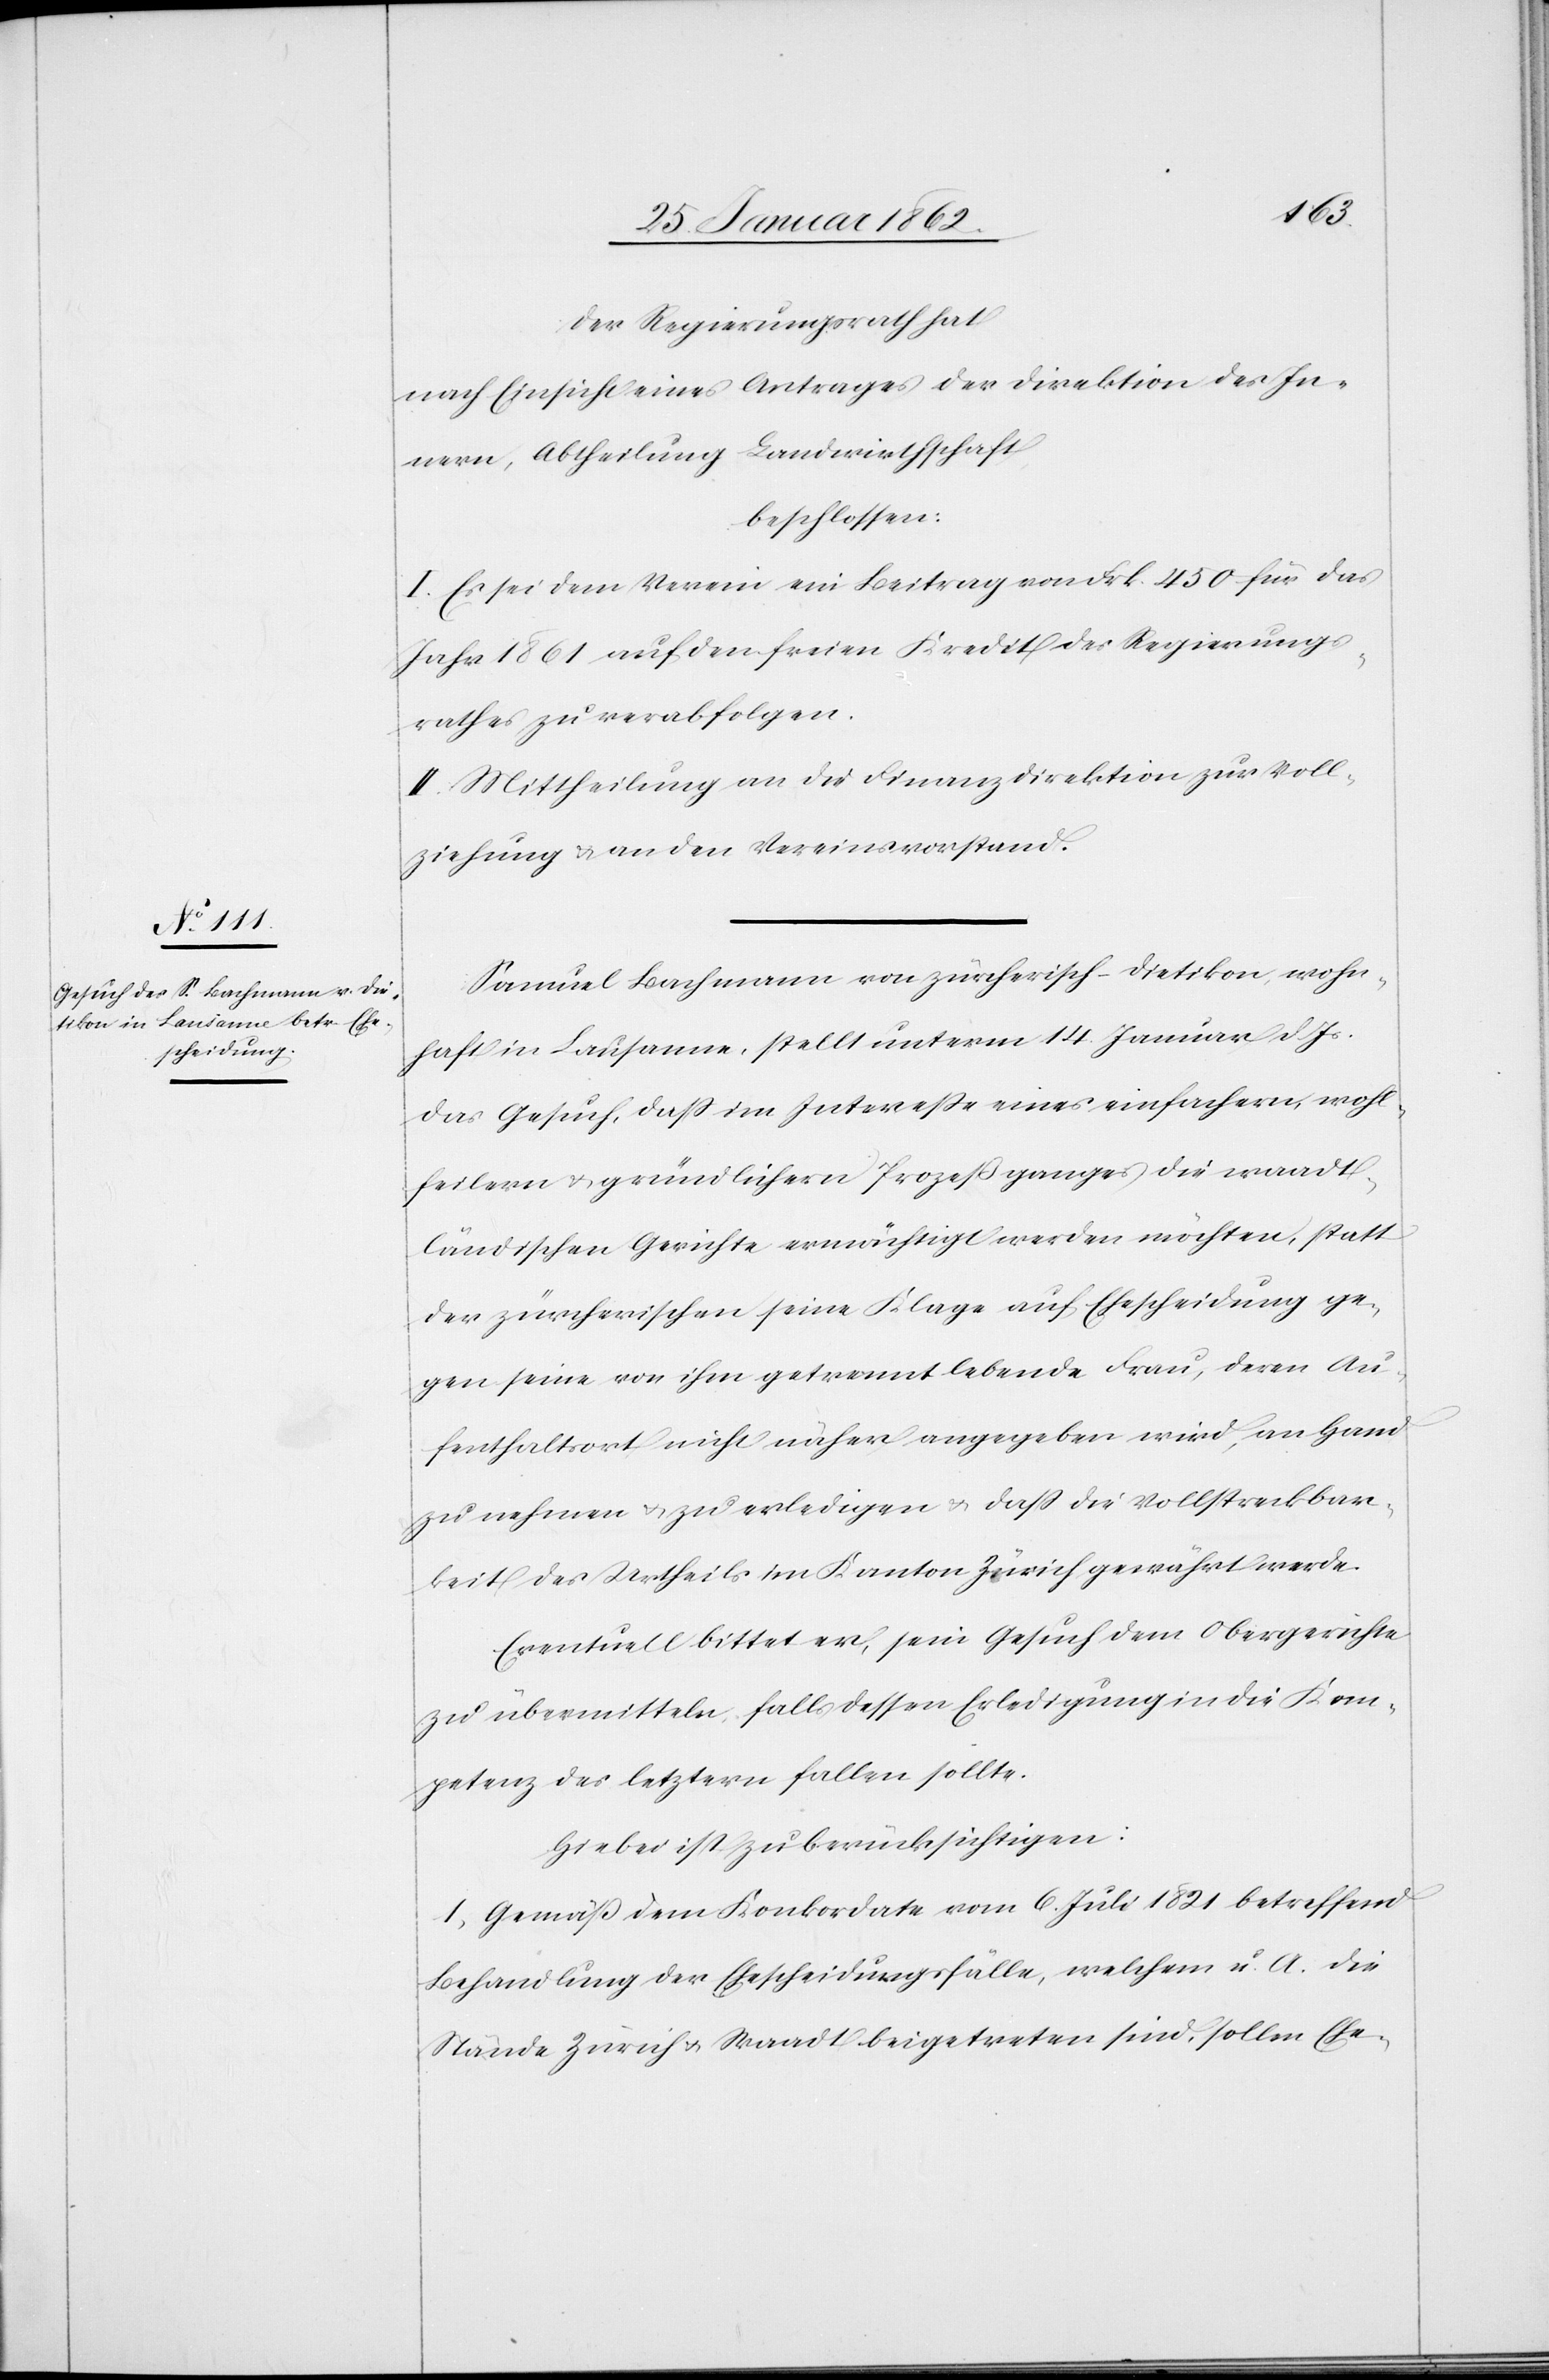
Der Regierungsrath hat
nach Einsicht eines Antrages der Direktion des In¬
nern, Abtheilung Landwirthschaft
beschlossen:
I. Es sei dem Verein ein Beitrag von Frk. 450 für das
Jahr 1861 auf den freien Kredit des Regierungs¬
rathes zu verabfolgen.
II. Mittheilung an die Finanzdirektion zur Voll¬
ziehung u. an den Vereinsvorstand.
Samuel Bachmann von zürcherisch-Dietikon, wohn¬
haft in Lausanne, stellt unterm 14. Januar d Js.
das Gesuch, daß im Intereße eines einfachern, wohl¬
feilern u. günstigern Prozeßganges die waadt¬
ländischen Gerichte ermächtigt werden möchten, statt
der zürcherischen seine Klage auf Ehescheidung ge¬
gen seine von ihm getrennt lebende Frau, deren Au¬
fenthaltsort nicht näher angegeben wird, an Hand
zu nehmen u. zu erledigen u. daß die Vollstreckbar¬
keit des Urtheils im Kanton Zürich gewährt werde.
Eventuell bittet er, sein Gesuch dem Obergerichte
zu übermitteln, falls dessen Erledigung in die Kom¬
petenz des letztern fallen sollte.
Hiebei ist zu berücksichtigen:
1) Gemäß dem Konkordate vom 6. Juli 1821 betreffend
Behandlung der Ehescheidungsfälle, welchem u. A. die
Stände Zürich u. Waadt beigetreten sind, sollen Ehe-